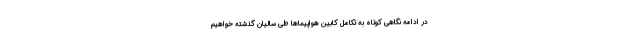
در ادامه نگاهی کوتاه به تکامل کابین هواپیماها طی سالیان گذشته خواهیم